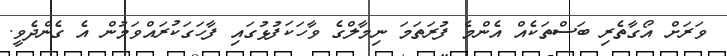
ވަރަށް އޯގާތެރި ބަސްތަކެއް އެންމެ ފުރަތަމަ ނިމާލްގެ ވާހަކަފުޅުގައި ފާހަގަކުރައްވަމުން އެ ގެންދެވީ.